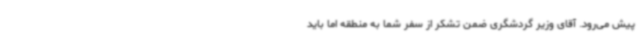
پیش می‌رود. آقای وزیر گردشگری ضمن تشکر از سفر شما به منطقه اما باید